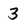
Character: 3